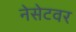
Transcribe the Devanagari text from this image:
नेसेटवर